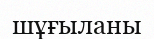
шұғыланы